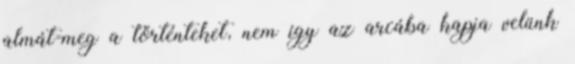
almát-meg a történteket, nem így az arcába kapja velünk